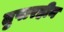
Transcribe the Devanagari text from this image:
तुषारहीन